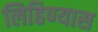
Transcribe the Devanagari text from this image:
लिहिण्‍यास